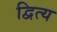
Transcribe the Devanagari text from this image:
द्वित्य